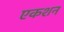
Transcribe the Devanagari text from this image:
एकशन